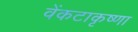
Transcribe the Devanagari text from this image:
वेंकटाकृष्णा